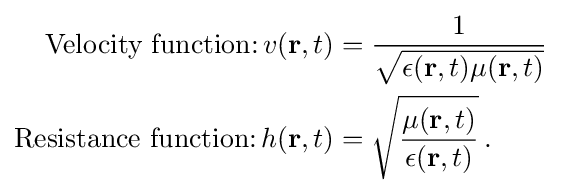
{\begin{aligned}{\text{ Velocity function:}}\,v({\mathbf {r} },t)&={\frac {1}{\sqrt {\epsilon ({\mathbf {r} },t)\mu ({\mathbf {r} },t)}}}\\{\text{Resistance function:}}\,h({\mathbf {r} },t)&={\sqrt {\frac {\mu ({\mathbf {r} },t)}{\epsilon ({\mathbf {r} },t)}}}\,.\end{aligned}}